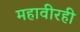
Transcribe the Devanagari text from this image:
महावीरही